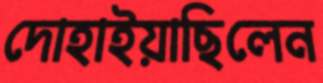
দোহাইয়াছিলেন